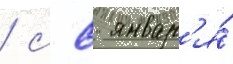
/ с 8 январ'я́